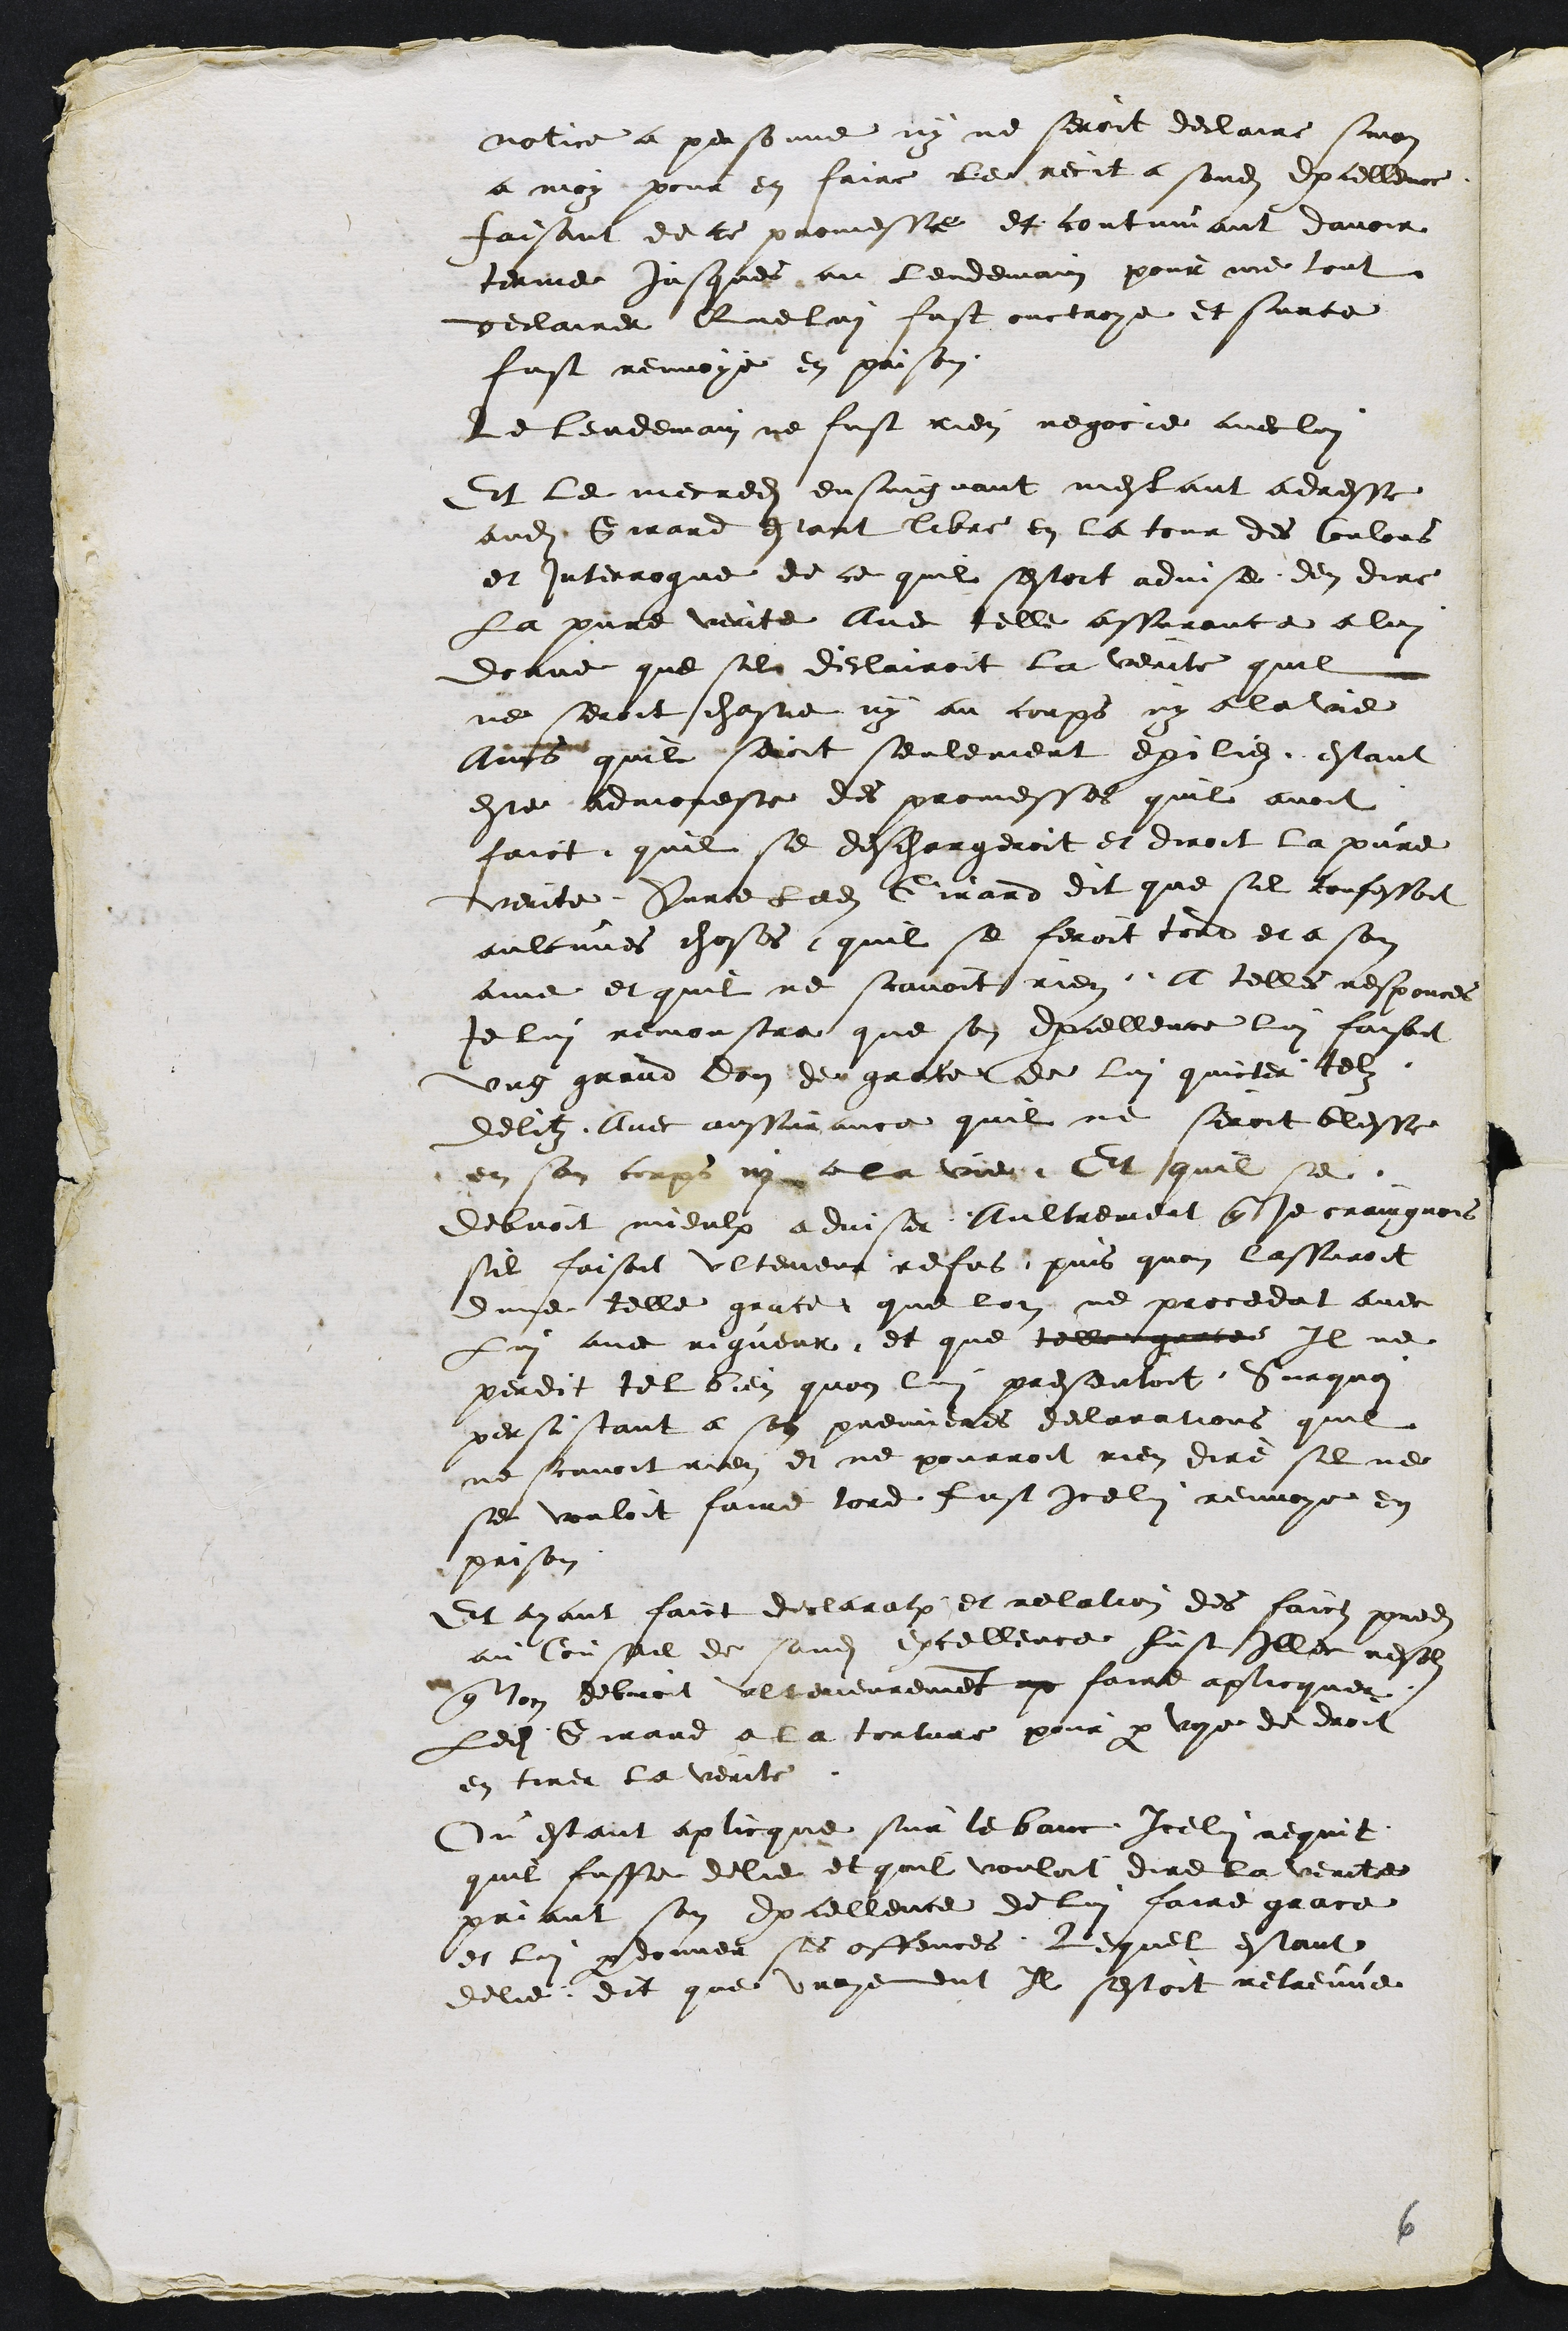
notice a personne ny ne seroit declaire sinon
a moy pour en faire le recit a sondit Excellence
faisant de ce promesse et continuant davoir
terme jusques au lendemain pour me tout
declairer Que lui fust ouctroye et surce
fust renvoye en prison
Le lendemain ne fust rien negocie avec lui
Et le mecredit ensuigvant mestant adresse
audit Girard estant libre en la tour des Coulons
et interrogue de ce quil sestoit advise den dire
la pure verite Avec telle assurance a lui
donne que sil declairoit la verite quil
ne seroit chastie ny au corps ny a lavie
Aisß quil seicit seulement exiliez estant
este admoneste des promesses quil avoit
faict quil se deschargeroit et diroit la pure
verite Sur ce ledit Girard dit que sil confessoit
aulcunes choses quil se feroit tord et a son
ame et quil ne scavoit rien A telles responces
Je lui remonstra que son Excellence lui faisoit
ung grand don degrace de lui quicter telz
delitz avec aussirance quil ne seroit blesse
en son corps ny a la vien Et quil se
debvoit mieulx adviser Aultremont que je craingnois
sil faisoit ultement refus puis quon lassuroit
dune telle grace que lon ne procedat avec
Lui avec rigueur et que tellegaacee Il ne
perdit tel bien quon lui presentoit. Surqua
persistant a son premieres declarations quil
ne scavoit rien et ne pourroit rien dire sil ne
se vouloit faire tord fust Icelui renvoye en
prison
Et ayant faict declaration et relation des faictz predits
au Coustil de sondit Excellence fust Illec reste
que lon debvoit ulterieurement ay faire aplicquer
Ledit Girard a la torture pour par voye de droit
en tirer la verite
Ou estant aplicque sur le banc Icelui requit
quil fusse delie et quil vouloit dire la verite
priant son Excellence de lui faire grace
et lui pardonner ses offences Lequel estant
delie dit que vrayement Il sestoit retreuve

8